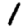
Digit: 1